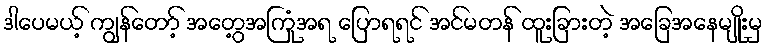
ဒါပေမယ့် ကျွန်တော့် အတွေ့အကြုံအရ ပြောရရင် အင်မတန် ထူးခြားတဲ့ အခြေအနေမျိုးမှ